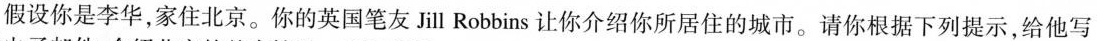
假设你是李华，家住北京。你的英国笔友Jill Robbins让你介绍你所居住的城市。请你根据下列提示，给他写